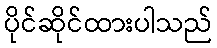
ပိုင်ဆိုင်ထားပါသည်